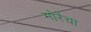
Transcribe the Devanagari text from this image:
मोरेंचा